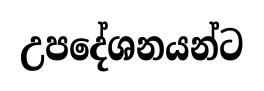
උපදේශනයන්ට